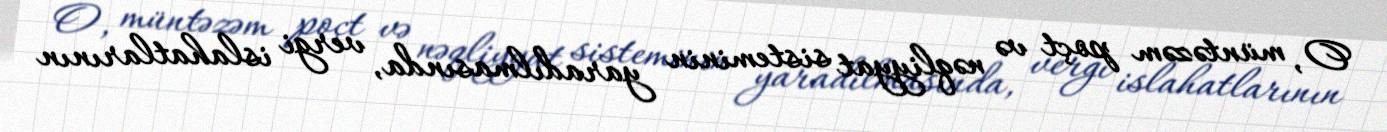
O, müntəzəm poçt və nəqliyyat sisteminin yaradılmasında, vergi islahatlarının